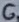
Text: 6